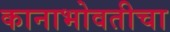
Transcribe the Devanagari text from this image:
कानाभोवतीचा